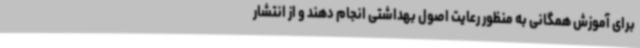
برای آموزش همگانی به منظور رعایت اصول بهداشتی انجام دهند و از انتشار